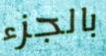
بالجزء